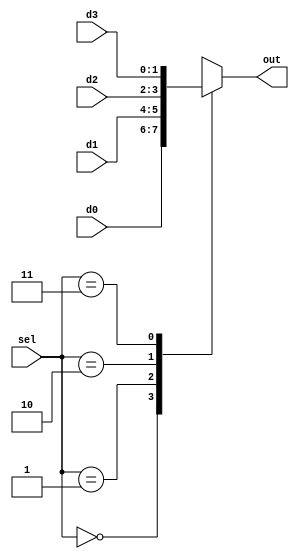
module sel_bits_2_mux
#(	// DATA_BITS为输入的位宽 缺省值为2
	parameter DATA_BITS = 2
)
(
	input [DATA_BITS-1:0] d0, d1, d2, d3,
	input [SEL_BITS-1:0] sel,
	output reg [DATA_BITS-1:0] out
);

parameter SEL_BITS = 2;

always @ (*) begin
	case (sel)
	2'b00: out = d0;
	2'b01: out = d1;
	2'b10: out = d2;
	2'b11: out = d3;
	endcase
end

endmodule